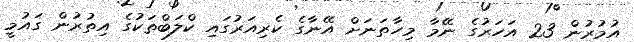
އުމުރުން 23 އަހަރުގެ ނޭމާ މިހާތަނަށް އޭނާގެ ކެރިއަރުގައި ކްލަބްތަކުގެ އިތުރުން ގައުމީ